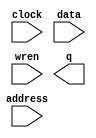
// megafunction wizard: %RAM: 1-PORT%VBB%
// GENERATION: STANDARD
// VERSION: WM1.0
// MODULE: altsyncram 

// ============================================================
// Megafunction Name(s):
// 			altsyncram
//
// Simulation Library Files(s):
// 			altera_mf
// ============================================================
// ************************************************************
// THIS IS A WIZARD-GENERATED FILE. DO NOT EDIT THIS FILE!
//
// 22.1std.0 Build 915 10/25/2022 SC Lite Edition
// ************************************************************

//Copyright (C) 2022  Intel Corporation. All rights reserved.
//Your use of Intel Corporation's design tools, logic functions 
//and other software and tools, and any partner logic 
//functions, and any output files from any of the foregoing 
//(including device programming or simulation files), and any 
//associated documentation or information are expressly subject 
//to the terms and conditions of the Intel Program License 
//Subscription Agreement, the Intel Quartus Prime License Agreement,
//the Intel FPGA IP License Agreement, or other applicable license
//agreement, including, without limitation, that your use is for
//the sole purpose of programming logic devices manufactured by
//Intel and sold by Intel or its authorized distributors.  Please
//refer to the applicable agreement for further details, at
//https://fpgasoftware.intel.com/eula.

module RamMemory (
	address,
	clock,
	data,
	wren,
	q);

	input	[9:0]  address;
	input	  clock;
	input	[7:0]  data;
	input	  wren;
	output	[7:0]  q;
`ifndef ALTERA_RESERVED_QIS
// synopsys translate_off
`endif
	tri1	  clock;
`ifndef ALTERA_RESERVED_QIS
// synopsys translate_on
`endif

endmodule

// ============================================================
// CNX file retrieval info
// ============================================================
// Retrieval info: PRIVATE: ADDRESSSTALL_A NUMERIC "0"
// Retrieval info: PRIVATE: AclrAddr NUMERIC "0"
// Retrieval info: PRIVATE: AclrByte NUMERIC "0"
// Retrieval info: PRIVATE: AclrData NUMERIC "0"
// Retrieval info: PRIVATE: AclrOutput NUMERIC "0"
// Retrieval info: PRIVATE: BYTE_ENABLE NUMERIC "0"
// Retrieval info: PRIVATE: BYTE_SIZE NUMERIC "8"
// Retrieval info: PRIVATE: BlankMemory NUMERIC "0"
// Retrieval info: PRIVATE: CLOCK_ENABLE_INPUT_A NUMERIC "0"
// Retrieval info: PRIVATE: CLOCK_ENABLE_OUTPUT_A NUMERIC "0"
// Retrieval info: PRIVATE: Clken NUMERIC "0"
// Retrieval info: PRIVATE: DataBusSeparated NUMERIC "1"
// Retrieval info: PRIVATE: IMPLEMENT_IN_LES NUMERIC "0"
// Retrieval info: PRIVATE: INIT_FILE_LAYOUT STRING "PORT_A"
// Retrieval info: PRIVATE: INIT_TO_SIM_X NUMERIC "0"
// Retrieval info: PRIVATE: INTENDED_DEVICE_FAMILY STRING "Cyclone V"
// Retrieval info: PRIVATE: JTAG_ENABLED NUMERIC "0"
// Retrieval info: PRIVATE: JTAG_ID STRING "NONE"
// Retrieval info: PRIVATE: MAXIMUM_DEPTH NUMERIC "0"
// Retrieval info: PRIVATE: MIFfilename STRING "RamText.mif"
// Retrieval info: PRIVATE: NUMWORDS_A NUMERIC "1024"
// Retrieval info: PRIVATE: RAM_BLOCK_TYPE NUMERIC "0"
// Retrieval info: PRIVATE: READ_DURING_WRITE_MODE_PORT_A NUMERIC "3"
// Retrieval info: PRIVATE: RegAddr NUMERIC "1"
// Retrieval info: PRIVATE: RegData NUMERIC "1"
// Retrieval info: PRIVATE: RegOutput NUMERIC "1"
// Retrieval info: PRIVATE: SYNTH_WRAPPER_GEN_POSTFIX STRING "0"
// Retrieval info: PRIVATE: SingleClock NUMERIC "1"
// Retrieval info: PRIVATE: UseDQRAM NUMERIC "1"
// Retrieval info: PRIVATE: WRCONTROL_ACLR_A NUMERIC "0"
// Retrieval info: PRIVATE: WidthAddr NUMERIC "10"
// Retrieval info: PRIVATE: WidthData NUMERIC "8"
// Retrieval info: PRIVATE: rden NUMERIC "0"
// Retrieval info: LIBRARY: altera_mf altera_mf.altera_mf_components.all
// Retrieval info: CONSTANT: CLOCK_ENABLE_INPUT_A STRING "BYPASS"
// Retrieval info: CONSTANT: CLOCK_ENABLE_OUTPUT_A STRING "BYPASS"
// Retrieval info: CONSTANT: INIT_FILE STRING "RamText.mif"
// Retrieval info: CONSTANT: INTENDED_DEVICE_FAMILY STRING "Cyclone V"
// Retrieval info: CONSTANT: LPM_HINT STRING "ENABLE_RUNTIME_MOD=NO"
// Retrieval info: CONSTANT: LPM_TYPE STRING "altsyncram"
// Retrieval info: CONSTANT: NUMWORDS_A NUMERIC "1024"
// Retrieval info: CONSTANT: OPERATION_MODE STRING "SINGLE_PORT"
// Retrieval info: CONSTANT: OUTDATA_ACLR_A STRING "NONE"
// Retrieval info: CONSTANT: OUTDATA_REG_A STRING "CLOCK0"
// Retrieval info: CONSTANT: POWER_UP_UNINITIALIZED STRING "FALSE"
// Retrieval info: CONSTANT: READ_DURING_WRITE_MODE_PORT_A STRING "NEW_DATA_NO_NBE_READ"
// Retrieval info: CONSTANT: WIDTHAD_A NUMERIC "10"
// Retrieval info: CONSTANT: WIDTH_A NUMERIC "8"
// Retrieval info: CONSTANT: WIDTH_BYTEENA_A NUMERIC "1"
// Retrieval info: USED_PORT: address 0 0 10 0 INPUT NODEFVAL "address[9..0]"
// Retrieval info: USED_PORT: clock 0 0 0 0 INPUT VCC "clock"
// Retrieval info: USED_PORT: data 0 0 8 0 INPUT NODEFVAL "data[7..0]"
// Retrieval info: USED_PORT: q 0 0 8 0 OUTPUT NODEFVAL "q[7..0]"
// Retrieval info: USED_PORT: wren 0 0 0 0 INPUT NODEFVAL "wren"
// Retrieval info: CONNECT: @address_a 0 0 10 0 address 0 0 10 0
// Retrieval info: CONNECT: @clock0 0 0 0 0 clock 0 0 0 0
// Retrieval info: CONNECT: @data_a 0 0 8 0 data 0 0 8 0
// Retrieval info: CONNECT: @wren_a 0 0 0 0 wren 0 0 0 0
// Retrieval info: CONNECT: q 0 0 8 0 @q_a 0 0 8 0
// Retrieval info: GEN_FILE: TYPE_NORMAL RamMemory.v TRUE
// Retrieval info: GEN_FILE: TYPE_NORMAL RamMemory.inc FALSE
// Retrieval info: GEN_FILE: TYPE_NORMAL RamMemory.cmp FALSE
// Retrieval info: GEN_FILE: TYPE_NORMAL RamMemory.bsf FALSE
// Retrieval info: GEN_FILE: TYPE_NORMAL RamMemory_inst.v FALSE
// Retrieval info: GEN_FILE: TYPE_NORMAL RamMemory_bb.v TRUE
// Retrieval info: LIB_FILE: altera_mf